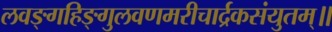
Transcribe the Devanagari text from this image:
लवङ्गहिङ्गुलवणमरीचार्द्रकसंयुतम्॥